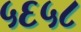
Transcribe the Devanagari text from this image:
५६५८